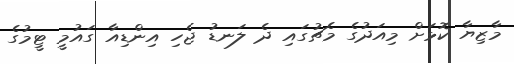
މާޒިޔާ ކޮޅަށް މިއަދުގެ މެޗުގައި ދެ ލަނޑު ޖެހި އިންޑިއާ ގައުމީ ޓީމުގެ